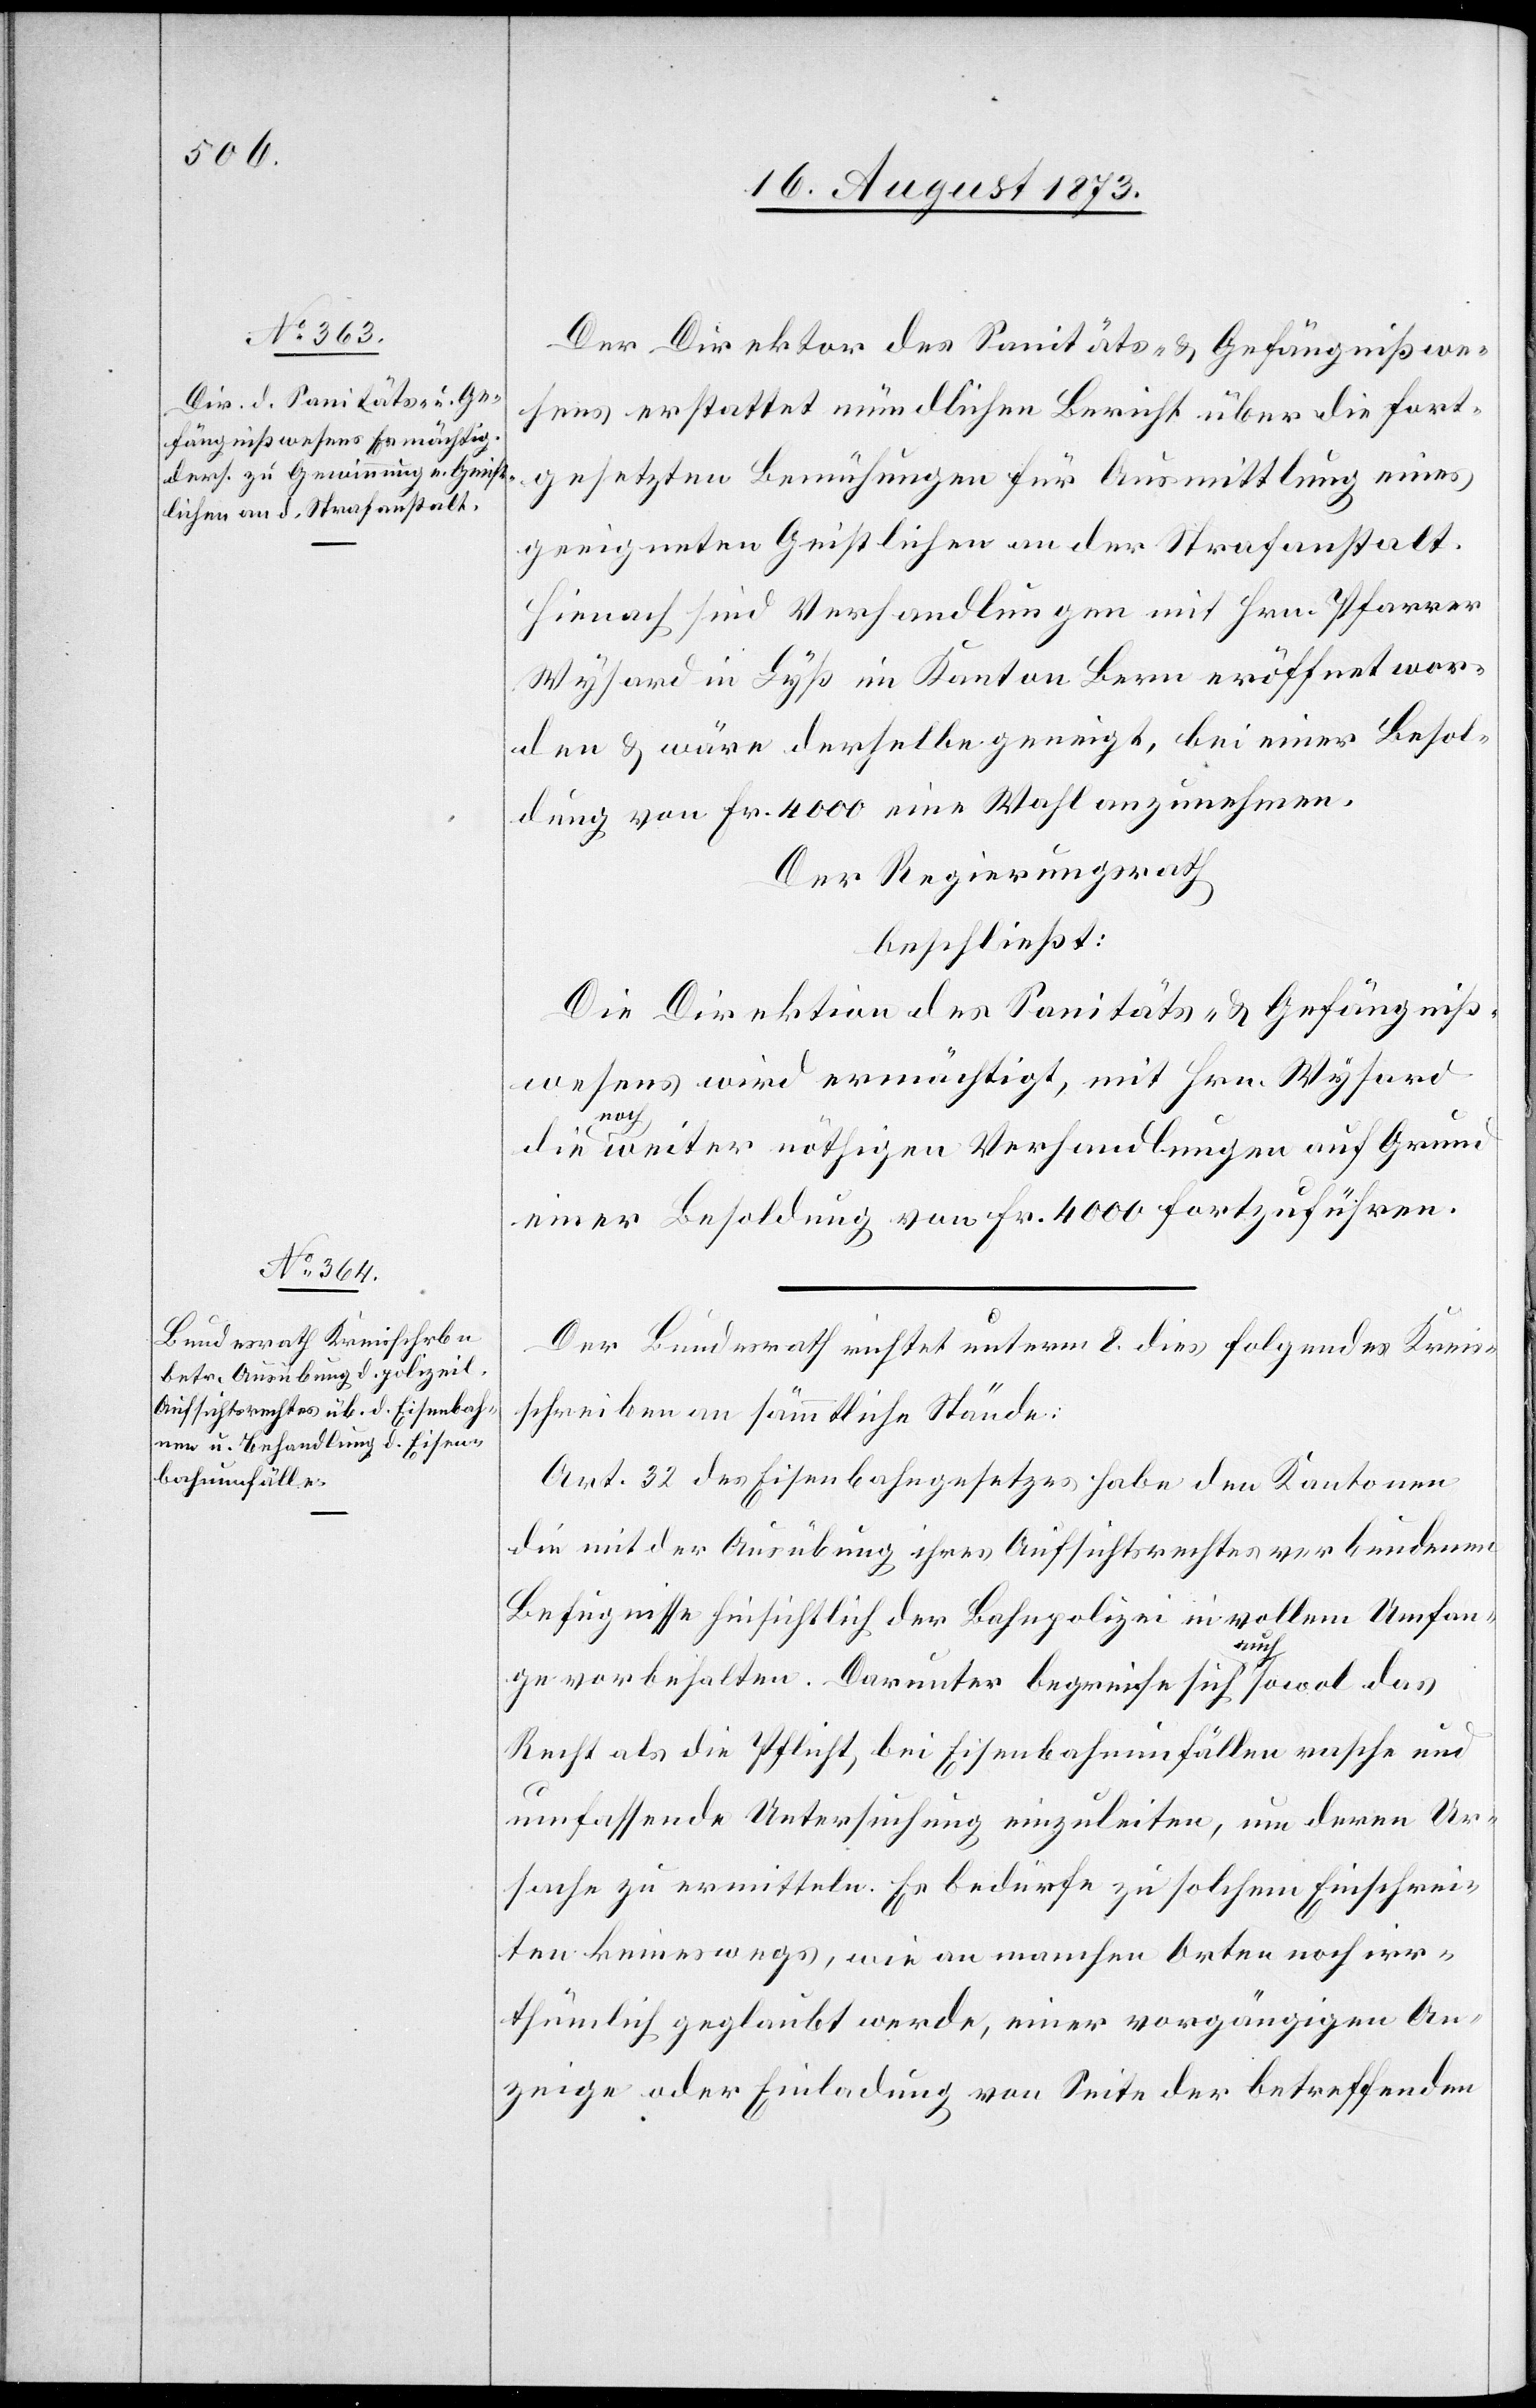
Der Direktor des Sanitäts- & Gefängnißwe¬
sens erstattet mündlichen Bericht über die fort¬
gesetzten Bemühungen für Ausmittlung eines
geeigneten Geistlichen an der Strafanstalt.
Hienach sind Verhandlungen mit Hrn. Pfarrer
Wysard in Lyß im Kanton Bern eröffnet wor¬
den & wäre derselbe geneigt, bei einer Besol¬
dung von Fr. 4 000 eine Wahl anzunehmen.
Der Regierungsrath
beschließt:
Die Direktion des Sanitäts- & Gefängniß¬
wesens wird ermächtigt, mit Hrn. Wysard
die noch weiter nöthigen Verhandlungen auf Grund
einer Besoldung von Fr. 4 000 fortzuführen.
Der Bundesrath richtet unterm 8. dies folgendes Kreis¬
schreiben an sämmtliche Stände:
Art. 32 des Eisenbahngesetzes habe den Kantonen
die mit der Ausübung ihres Aufsichtsrechtes verbundenen
Befugnisse hinsichtlich der Bahnpolizei in vollem Umfan¬
ge vorbehalten. Darunter begreife sich auch sowol das
Recht als die Pflicht, bei Eisenbahnunfällen rasche und
umfassende Untersuchung einzuleiten, um deren Ur¬
sache zu ermitteln. Es bedürfe zu solchem Einschrei¬
ten keineswegs, wie an manchen Orten noch irr¬
thümlich geglaubt werde, einer vorgängigen An¬
zeige oder Einladung von Seite der betreffenden